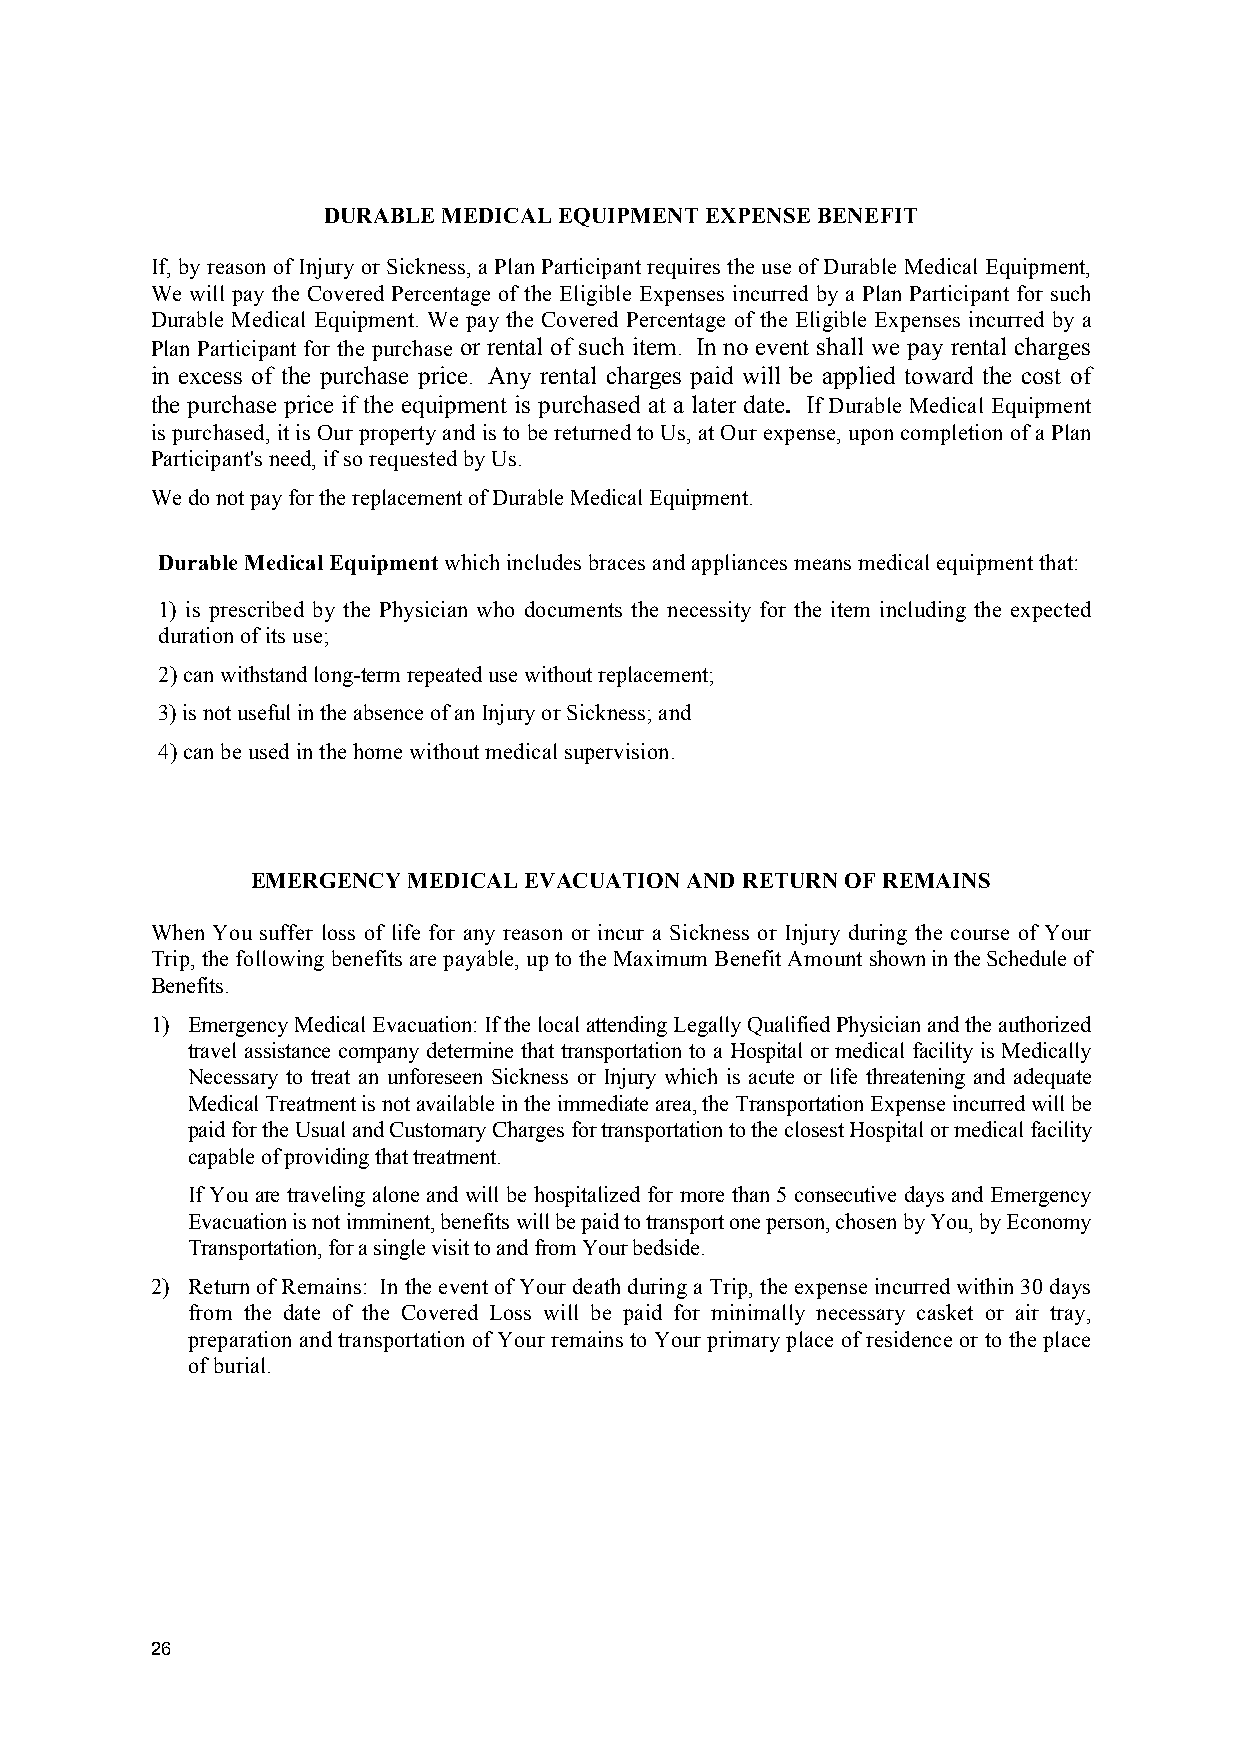
DURABLE MEDICAL EQUIPMENT EXPENSE BENEFIT
 If, by reason of Injury or Sickness, a Plan Participant requires the use of Durable Medical Equipment,
 We will pay the Covered Percentage of the Eligible Expenses incurred by a Plan Participant for such
 Durable Medical Equipment. We pay the Covered Percentage of the Eligible Expenses incurred by a
 Plan Participant for the purchase or rental of such item. In no event shall we pay rental charges
 in excess of the purchase price. Any rental charges paid will be applied toward the cost of
 the purchase price if the equipment is purchased at a later date. If Durable Medical Equipment
 is purchased, it is Our property and is to be returned to Us, at Our expense, upon completion of a Plan
 Participant's need, if so requested by Us.
 We do not pay for the replacement of Durable Medical Equipment.
 Durable Medical Equipment which includes braces and appliances means medical equipment that:
 1) is prescribed by the Physician who documents the necessity for the item including the expected
 duration of its use;
 2)can withstand long-term repeated use without replacement;
 3)is not useful in the absence of an Injury or Sickness; and
 4)can be used in the home without medical supervision.
 EMERGENCY MEDICAL EVACUATION AND RETURN OF REMAINS
 When You suffer loss of life for any reason or incur a Sickness or Injury during the course of Your
 Trip, the following benefits are payable, up to the Maximum Benefit Amount shown in the Schedule of
 Benefits.
 1) Emergency Medical Evacuation: If the local attending Legally Qualified Physician and the authorized
 travel assistance company determine that transportation to a Hospital or medical facility is Medically
 Necessary to treat an unforeseen Sickness or Injury which is acute or life threatening and adequate
 Medical Treatment is not available in the immediate area, the Transportation Expense incurred will be
 paid for the Usual and Customary Charges for transportation to the closest Hospital or medical facility
 capable of providing that treatment.
 If You are traveling alone and will be hospitalized for more than 5 consecutive days and Emergency
 Evacuation is not imminent, benefits will be paid to transport one person, chosen by You, by Economy
 Transportation, for a single visit to and from Your bedside.
 2) Return of Remains: In the event of Your death during a Trip, the expense incurred within 30 days
 from the date of the Covered Loss will be paid for minimally necessary casket or air tray,
 preparation and transportation of Your remains to Your primary place of residence or to the place
 of burial.
 26